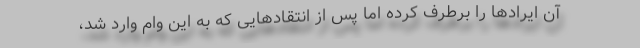
آن ایرادها را برطرف کرده اما پس از انتقادهایی که به این وام وارد شد،